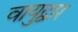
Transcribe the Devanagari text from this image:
वायुद्वार